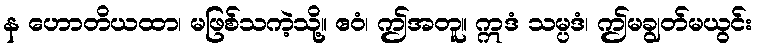
န ဟောတိယထာ၊ မဖြစ်သကဲ့သို့။ ဧဝံ၊ ဤအတူ။ ဣဒံ သမ္ပဒံ၊ ဤမချွတ်မယွင်း